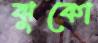
ঝুকো